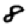
Digit: 8